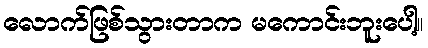
လောက်ဖြစ်သွားတာက မကောင်းဘူးပေါ့။